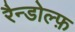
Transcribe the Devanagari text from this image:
रैन्डोल्फ़